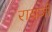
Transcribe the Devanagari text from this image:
रायजी